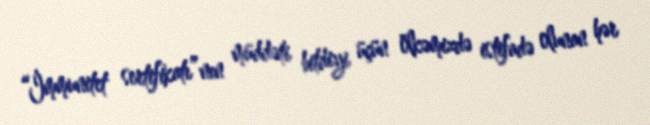
“İmmunitet sertifikatı”nın müddəti bitdiyi üçün ölkəmizdə istifadə olunan hər